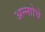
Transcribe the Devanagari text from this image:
अन्नाोचे